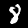
Digit: 8